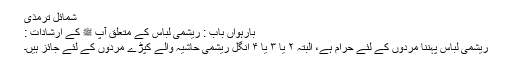
شمائل ترمذی
بارہواں باب : ریشمی لباس کے متعلق آپ ﷺ کے ارشادات :
ریشمی لباس پہننا مردوں کے لئے حرام ہے، البتہ ۲ یا ۳ یا ۴ انگل ریشمی حاشیہ والے کپڑے مردوں کے لئے جائز ہیں۔